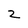
Character: 2